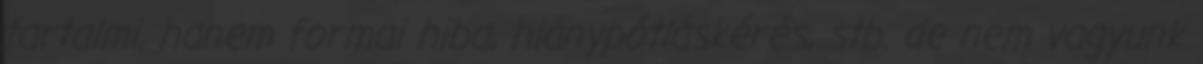
tartalmi, hanem formai hiba, hiánypótláskérés, stb. de nem vagyunk